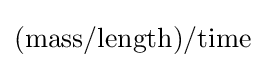
\mathrm {(mass/length)/time}